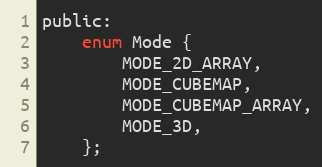
Language: C
public:
	enum Mode {
		MODE_2D_ARRAY,
		MODE_CUBEMAP,
		MODE_CUBEMAP_ARRAY,
		MODE_3D,
	};